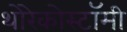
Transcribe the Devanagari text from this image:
थोरेकोस्टॉमी